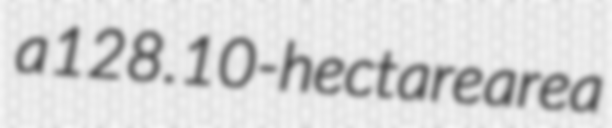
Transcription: a 128.10-hectare area